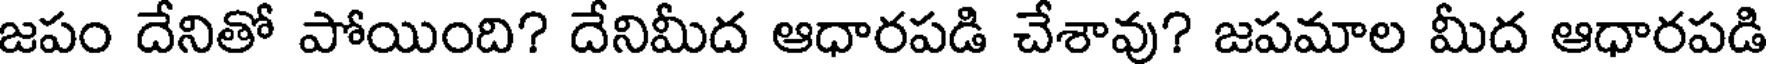
జపం దేనితో పోయింది? దేనిమీద ఆధారపడి చేశావు? జపమాల మీద ఆధారపడి